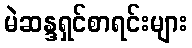
မဲဆန္ဒရှင်စာရင်းများ